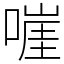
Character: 嘊